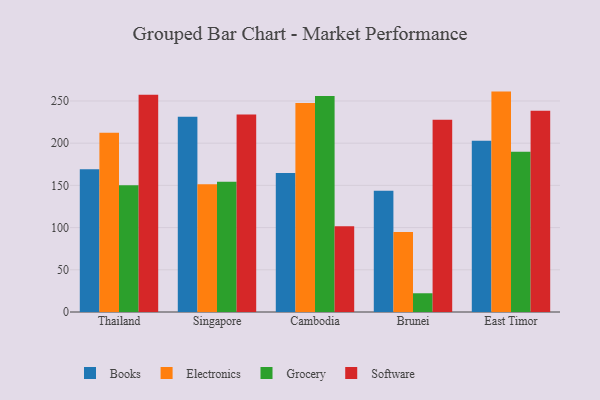
{"axis": {"x": "Country", "y": "Humidity (%)"}, "legend": ["Books", "Electronics", "Grocery", "Software"], "data": [{"x": "Thailand", "y": 169.0, "type": "Books"}, {"x": "Thailand", "y": 212.3, "type": "Electronics"}, {"x": "Thailand", "y": 150.3, "type": "Grocery"}, {"x": "Thailand", "y": 257.4, "type": "Software"}, {"x": "Singapore", "y": 231.2, "type": "Books"}, {"x": "Singapore", "y": 151.4, "type": "Electronics"}, {"x": "Singapore", "y": 154.4, "type": "Grocery"}, {"x": "Singapore", "y": 234.1, "type": "Software"}, {"x": "Cambodia", "y": 164.6, "type": "Books"}, {"x": "Cambodia", "y": 247.6, "type": "Electronics"}, {"x": "Cambodia", "y": 255.9, "type": "Grocery"}, {"x": "Cambodia", "y": 101.5, "type": "Software"}, {"x": "Brunei", "y": 143.6, "type": "Books"}, {"x": "Brunei", "y": 94.8, "type": "Electronics"}, {"x": "Brunei", "y": 22.2, "type": "Grocery"}, {"x": "Brunei", "y": 227.8, "type": "Software"}, {"x": "East Timor", "y": 203.0, "type": "Books"}, {"x": "East Timor", "y": 261.1, "type": "Electronics"}, {"x": "East Timor", "y": 189.9, "type": "Grocery"}, {"x": "East Timor", "y": 238.3, "type": "Software"}]}